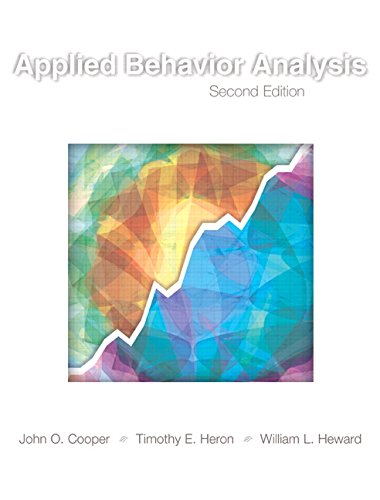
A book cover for Applied Behavior Analysis (2nd Edition); John O. Cooper; Education & Teaching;